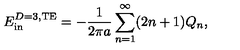
E _ { \mathrm { i n } } ^ { D = 3 , \mathrm { T E } } = - { \frac { 1 } { 2 \pi a } } \sum _ { n = 1 } ^ { \infty } ( 2 n + 1 ) Q _ { n } ,